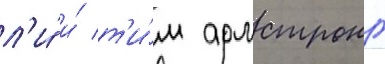
л'и́ и́ т'и́м армстронг